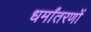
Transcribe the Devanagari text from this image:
धर्मांतरणों